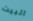
البيت